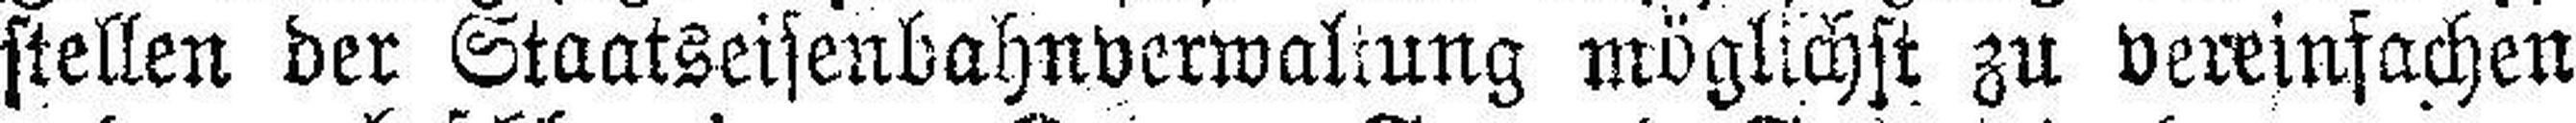
stellen der Staatseisenbahnverwaltung möglichst zu vereinfachen